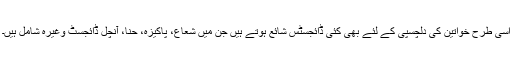
اسی طرح خواتین کی دلچسپی کے لئے بھی کئی ڈائجسٹس شائع ہوتے ہیں جن میں شعاع، پاکیزہ، حنا، آنچل ڈائجسٹ وغیرہ شامل ہیں۔